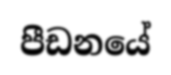
පීඩනයේ